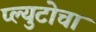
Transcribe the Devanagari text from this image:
प्ल्युटोचा